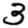
Digit: 3